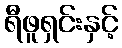
ရီဖူရှင်းနှင့်